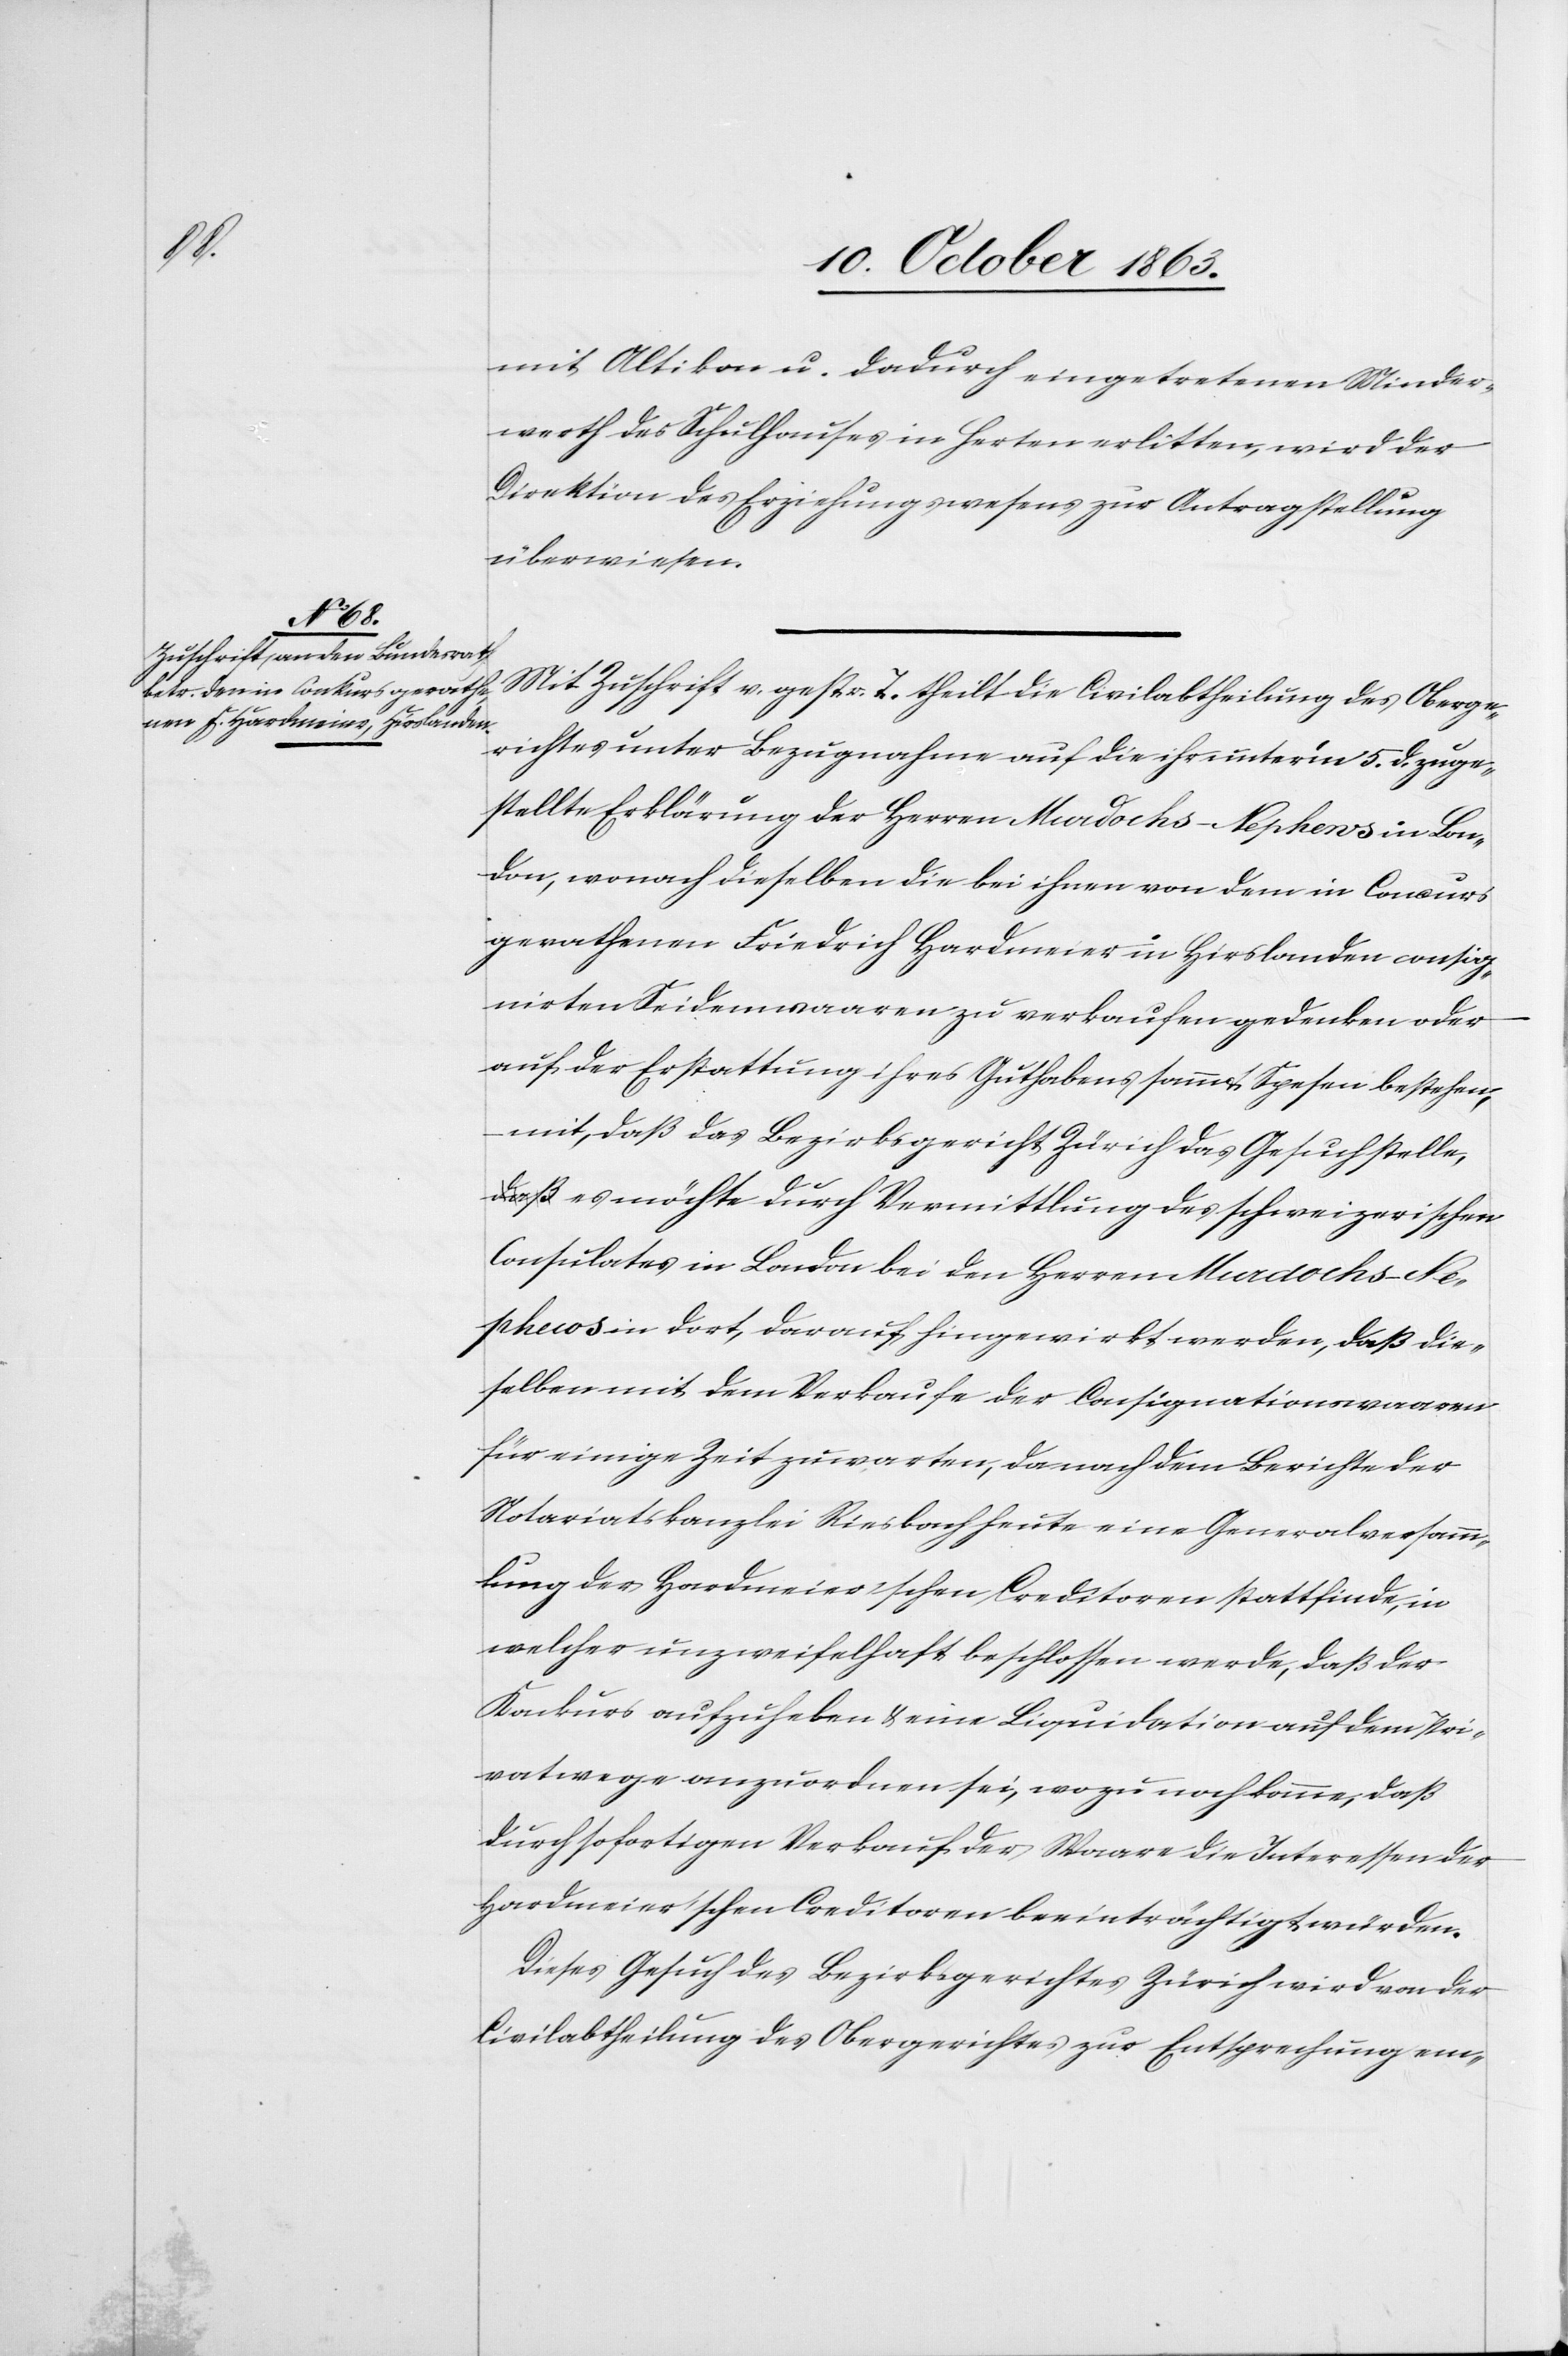
13. October 1863.]
mit Altikon u. dadurch eingetretenen Minder¬
werth des Schulhauses in Herten erlitten, wird der
Direktion des Erziehungswesens zur Antragstellung
überwiesen.
Mit Zuschrift v. gestr. T. theilt die Civilabtheilung des Oberge¬
richtes unter Bezugnahme auf die ihr unter'm 5. d. zuge¬
stellte Erklärung der Herren Murdochs-Nephews in Lon¬
don, wonach dieselben die bei ihnen von dem in Concurs
gerathenen Friedrich Hardmeier in Hirslanden consig¬
nirten Seidenwaaren zu verkaufen gedenken oder
auf der Erstattung ihres Guthabens sammt Spesen bestehen,
mit, daß das Bezirksgericht Zürich das Gesuch stelle,
es möchte durch Vermittlung des schweizerischen
Consulates in London bei den Herren Murdochs-Ne¬
phews in dort, darauf hingewiesen werden, daß die¬
selben mit dem Verkaufe der Consignationswaaren
für einige Zeit zu warten, da nach dem Berichte der
Notariatskanzlei Riesbach heute eine Generalversamm¬
lung der Hardmeier'schen Creditoren stattfinde, in
welcher unzweifelhaft beschlossen werde, daß der
Konkurs aufzuheben & eine Liquidation auf dem Pri¬
vatwege anzuordnen sei, wozu noch komme, daß
durch sofortigen Verkauf der Waare die Interessen der
Hardmeier'schen Creditoren beeinträchtigt würden.
Dieses Gesuch des Bezirksgerichtes Zürich wird von der
Civilabtheilung des Obergerichtes zur Entsprechung em-

den